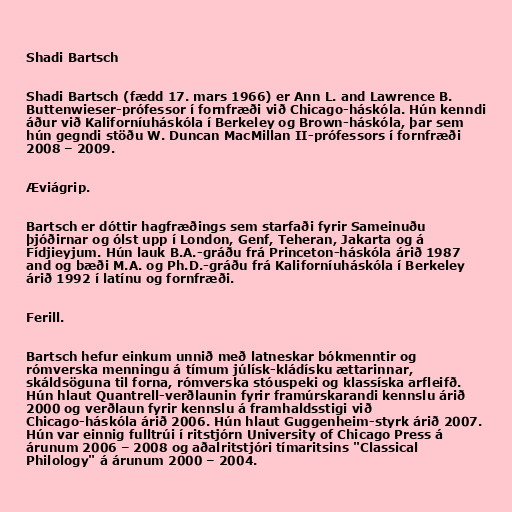
Shadi Bartsch

Shadi Bartsch (fædd 17. mars 1966) er Ann L. and Lawrence B.
Buttenwieser-prófessor í fornfræði við Chicago-háskóla. Hún kenndi
áður við Kaliforníuháskóla í Berkeley og Brown-háskóla, þar sem
hún gegndi stöðu W. Duncan MacMillan II-prófessors í fornfræði
2008 – 2009.

Æviágrip.

Bartsch er dóttir hagfræðings sem starfaði fyrir Sameinuðu
þjóðirnar og ólst upp í London, Genf, Teheran, Jakarta og á
Fídjieyjum. Hún lauk B.A.-gráðu frá Princeton-háskóla árið 1987
and og bæði M.A. og Ph.D.-gráðu frá Kaliforníuháskóla í Berkeley
árið 1992 í latínu og fornfræði.

Ferill.

Bartsch hefur einkum unnið með latneskar bókmenntir og
rómverska menningu á tímum júlísk-kládísku ættarinnar,
skáldsöguna til forna, rómverska stóuspeki og klassíska arfleifð.
Hún hlaut Quantrell-verðlaunin fyrir framúrskarandi kennslu árið
2000 og verðlaun fyrir kennslu á framhaldsstigi við
Chicago-háskóla árið 2006. Hún hlaut Guggenheim-styrk árið 2007.
Hún var einnig fulltrúi í ritstjórn University of Chicago Press á
árunum 2006 – 2008 og aðalritstjóri tímaritsins "Classical
Philology" á árunum 2000 – 2004.